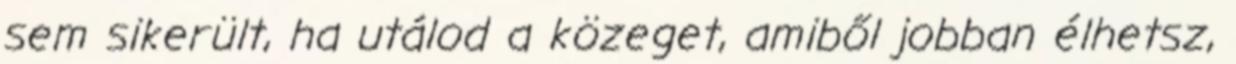
sem sikerült, ha utálod a közeget, amiből jobban élhetsz,